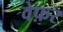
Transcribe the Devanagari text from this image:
वेफ़र